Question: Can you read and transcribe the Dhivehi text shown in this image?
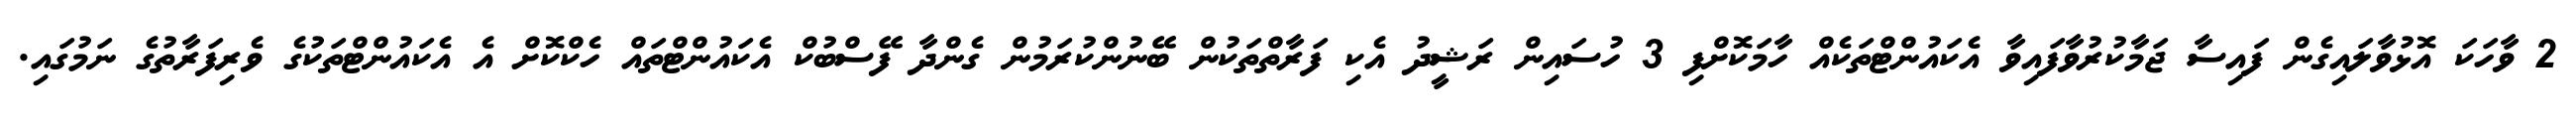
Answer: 2 ވާހަކަ އޮޅުވާލައިގެން ފައިސާ ޖަމާކުރުވާފައިވާ އެކައުންޓްތަކެއް ހާމަކޮށްފި 3 ހުސައިން ރަޝީދު އެކި ފަރާތްތަކުން ބޭނުންކުރަމުން ގެންދާ ފޭސްބުކް އެކައުންޓްތައް ހެކްކޮށް އެ އެކައުންޓްތަކުގެ ވެރިފަރާތުގެ ނަމުގައި.